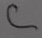
Text: C